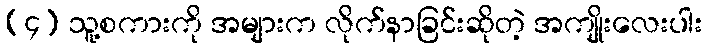
(၄) သူ့စကားကို အများက လိုက်နာခြင်းဆိုတဲ့ အကျိုးလေးပါး